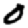
Digit: 0